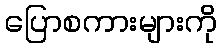
ပြောစကားများကို